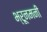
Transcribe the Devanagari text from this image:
भ्रूनमनी